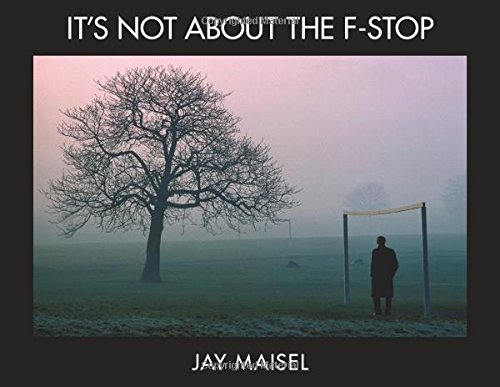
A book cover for It's Not About the F-Stop (Voices That Matter); Jay Maisel; Arts & Photography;